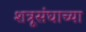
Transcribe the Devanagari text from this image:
शत्रूसंघाच्या